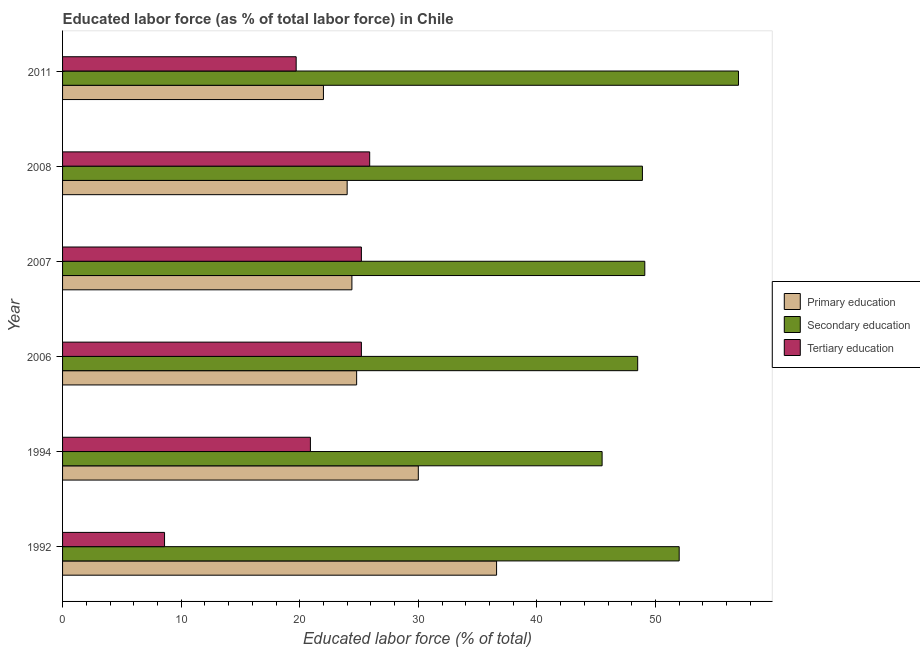
| Year | Primary education | Secondary education | Tertiary education |
 | --- | --- | --- | --- |
 | 1992 | 36.6 | 52 | 8.6 |
 | 1994 | 30 | 45.5 | 20.9 |
 | 2006 | 24.8 | 48.5 | 25.2 |
 | 2007 | 24.4 | 49.1 | 25.2 |
 | 2008 | 24 | 48.9 | 25.9 |
 | 2011 | 22 | 57 | 19.7 |